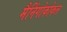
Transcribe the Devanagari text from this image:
मैनिंगोकोकल